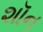
શૉન